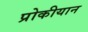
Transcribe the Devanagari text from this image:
प्रोकीयान